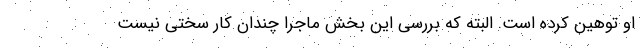
او توهین کرده است. البته که بررسی این بخش ماجرا چندان کار سختی نیست